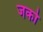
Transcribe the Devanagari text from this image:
जको